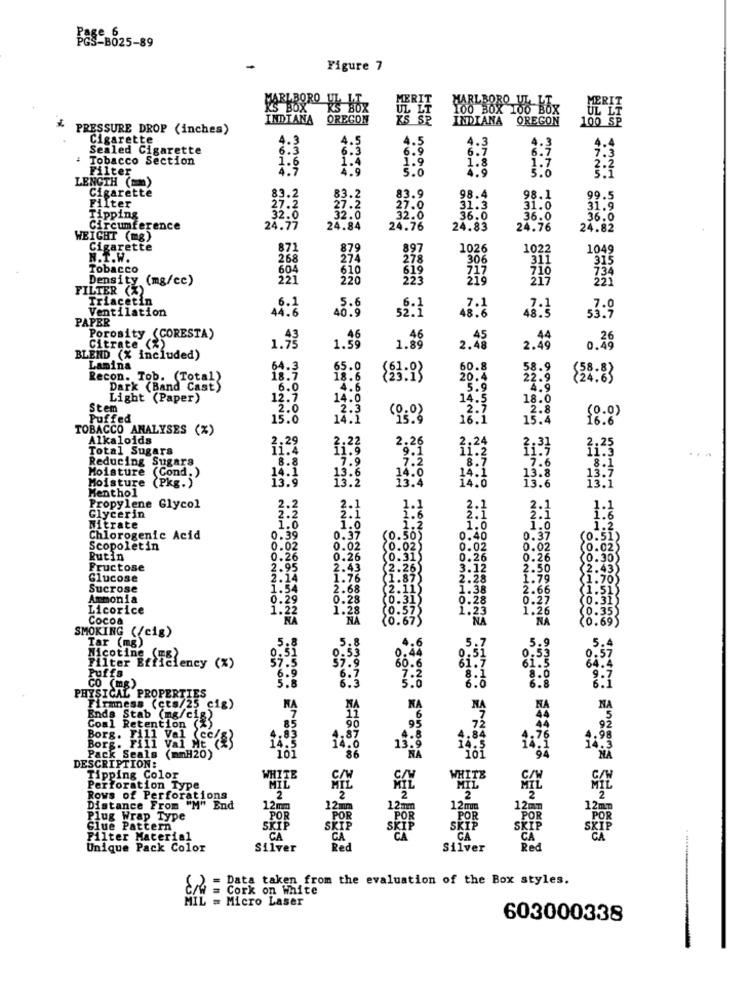
PGS-B025-89
Figure 7
MARLBORO VE BOZ
RS BOX
INDIANA OREGON
INDIANA OREGON
UL LT
PRESSURE DROP (inches)
Cigarette
4.5
4.3
Sealed Cigarette
: Tobacco Section
1.6
6.9
1.9
6.7
Filter
4.7
5.0
1.8
LENGTH (m)
Cigarette
Filter
83.2
83.9
98.4
98.1
99.5
27:2
27.0
31.3
31.0
31.9
Tipping
32.6
36.0
36.0
36.6
Circumference
24.77
24.84
24.76
24.83
24.76
24.82
WEIGHT (mg)
Cigarette
871
879
897
1026
1022
1049
N.T.
268
274
278
306
311
315
Tobacco
604
610
Density (mg/cc)
221
220
223
218
FILTER (%)
Triaçetin
.7.1
Ventilation
44.6
.6.1
40.9
5.6
52:1
48.6
4893
PAPER
Citrate (2)
Porosity (CORESTA)
1.88
2.43
1.73
1.39
2.49
0.26
BLEND (X included)
Lamina
65.0
60.8
Recon. Tob. (Total)
18.7
18.6
20.4
22:3
₹24.8
Dark (Band Cast)
.6.0
4.6
5.9
Light (Paper)
12.7
14.0
18.6
Stem
2.3
2:7
.2.8
(0.0)
Puffed
15.0
14:1
(0.0)
16.1
15.4
16.6
TOBACCO ANALYSES (%)
Alkaloids
2.26
Total Sugars
11.4
11.2
3.25
....
Reducing Sugars
.8.8
7.6
Moisture (Cond.)
8.7
.8.1
Moisture (Pkg.)
13:5
14:6
13.8
13:7
Menthol
13.6
13.1
Propylene Glycol
1.1
2.2
Glycerin
2:2
2:1
1.6
1.2
2:1
1:6
Nitrate
Chlorogenic Acid
0.39
0.50)
0.40
0.37
(0.51)
Scopoletin
0.02
0.02
$0.025
0.02
0.02
(9.02)
Rutin
0.26
0.26
10.315
0.26
0.26
10.30
Fructose
2.95
2.43
2.26)
3.12
2.50
(2.43)
Glucose
2.14
1:7
1.87)
2.28
1.79
(1.70
Sucrose
1.54
2.68
1.38
2.66
Ammonia
0.29
.28
0.28
0.27
Licorice
1.22
1.
1.23
1.26
Cocoa
NA
SMOKING (/cig)
Tar (mg)
5.8
5.
Nicotine SE
0,51
Filter Efficiency (%)
Puffs
81.7
CO (mg)
6.9
5.8
PHYSICAL PROPERTIES
Firmness (cts/25 cig)
KA
NA
NA
Ends Stab (mg/cig)
Coal Retention (%)
85
90
7
Borg.
Fill Val (cc/
Borg. Fill Val Me (23
14.6
ick Seals (mmH20)
101
86
10:
DESCRIPTION:
Tipping Color
WHITE
WHITE
Perforation Type
MIL
HIL
Rows of Perforations
2
2
2
2
Distance From "M" End
End
12mm
12m
12mm
Plug Wrap Type
POR
POR
Glue Pattern
SKIP
SKIP
skip
skip
SKY
ski
Filter Material
CA
CA
CA
CA
Unique Pack Color
Silver
Red
Silver
Red
Data taken from the evaluation of the Box styles.
Cork on White
MIL = Micro Laser
603000338